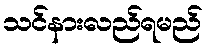
သင်နားလည်ရမည်